Lunatic asylums in Bengal annual reports 1912-1924 - 1912-1924
Year: 1912
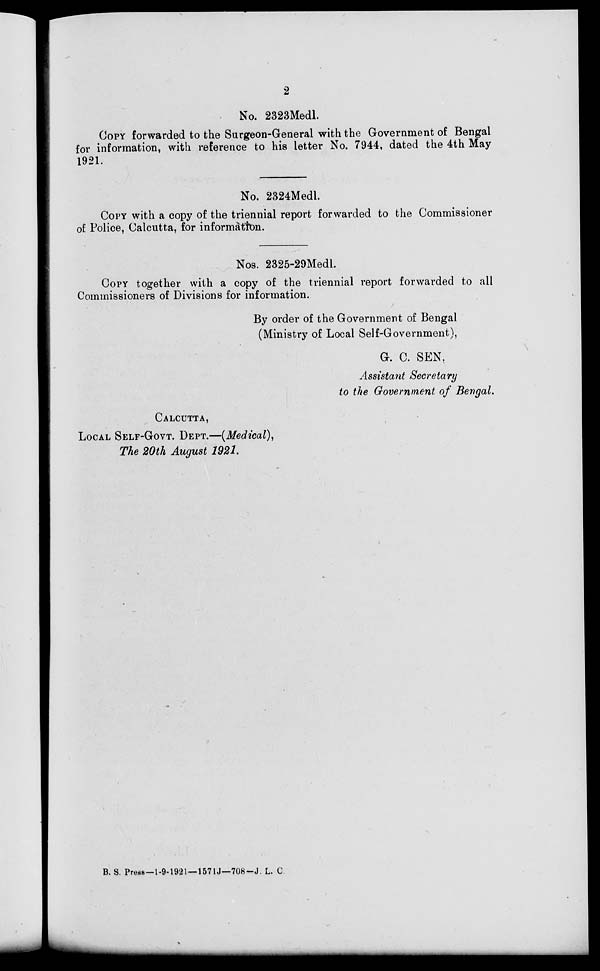
2
No. 2323Medl.
COPY forwarded to the Surgeon-General with the Government of Bengal
for information, with reference to his letter No. 7944, dated the 4th May
1921.
No. 2324Medl.
COPY with a copy of the triennial report forwarded to the Commissioner
of Police, Calcutta, for information.
Nos. 2325-29Medl.
COPY together with a copy of the triennial report forwarded to all
Commissioners of Divisions for information.
By order of the Government of Bengal
(Ministry of Local Self-Government),
G. C. SEN,
Assistant Secretary
to the Government of Bengal.
CALCUTTA,
LOCAL SELF-GOVT. DEPT.—(Medical),
The 20th August 1921.
B. S. Press—1-9-1921— 1571J—708-J. L. C